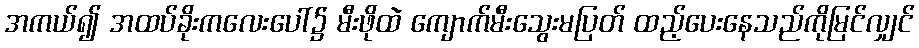
အကယ်၍ အထပ်ခိုးကလေးပေါ်၌ မီးဖိုထဲ ကျောက်မီးသွေးမပြတ် ထည့်ပေးနေသည်ကိုမြင်လျှင်